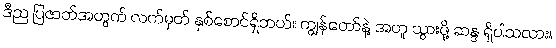
ဒီည ပြဇာတ်အတွက် လက်မှတ် နှစ်စောင်ရှိတယ်။ ကျွန်တော်နဲ့ အတူ သွားဖို့ ဆန္ဒ ရှိပါသလား။